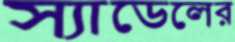
স্যাডেলের